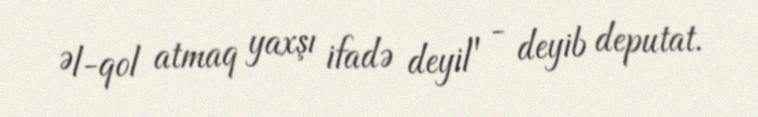
Əl-qol atmaq yaxşı ifadə deyil" - deyib deputat.